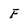
Character: F